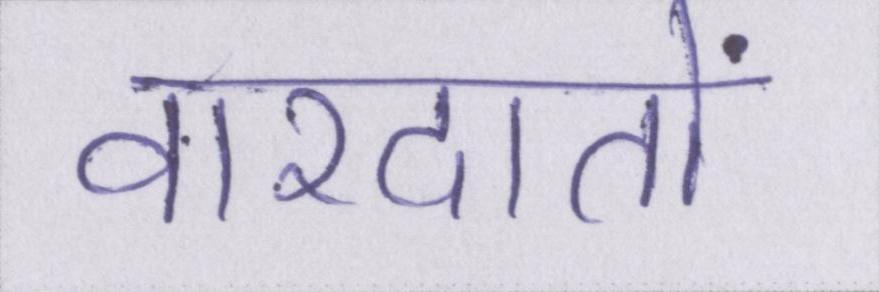
वारदातों